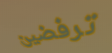
ترفضين